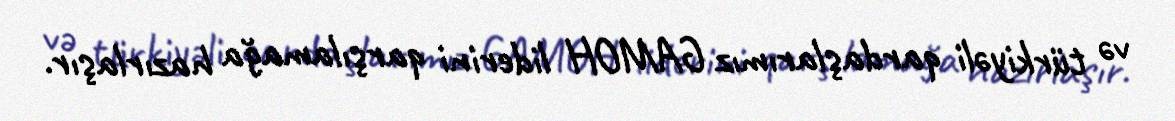
və türkiyəli qardaşlarımız GAMOH liderini qarşılamağa hazırlaşır.